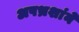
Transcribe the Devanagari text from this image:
अपभ्रशांने